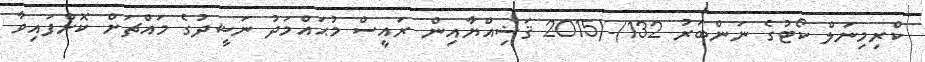
ކްރިމިނަލް ކޯޓުގެ ނަންބަރު 132/-/2015 ޤަޟިއްޔާއިން ރައީސް މުޙައްމަދު ނަޝީދުގެ މައްޗަށް ކޮށްފައިވާ